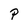
Character: P